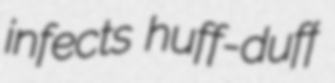
infects huff-duff